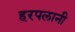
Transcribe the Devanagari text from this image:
हरपलानी